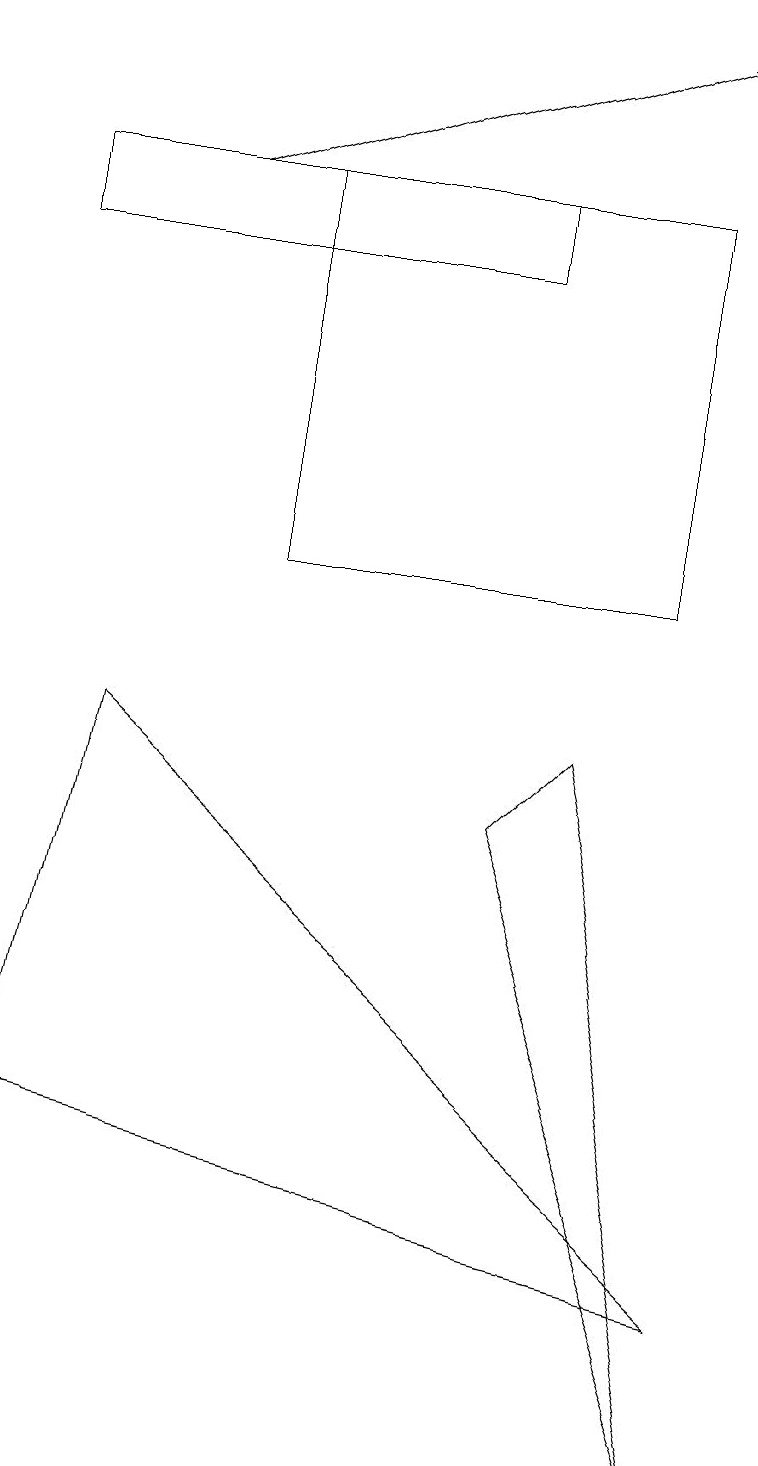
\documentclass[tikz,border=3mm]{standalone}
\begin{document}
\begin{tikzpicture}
\draw[->] (2,16) -- (8,18);
\draw (8,11) rectangle (3,16);
\draw (6,8) -- (9,0) -- (7,9) -- cycle;
\draw (0,15) rectangle (6,16);
\draw (1,9) -- (0,4) -- (9,2) -- cycle;
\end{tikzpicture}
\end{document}